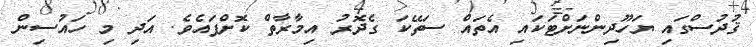
ޤުދުސްގައި ޔަހޫދިންނަށްޓަކައި އެތައް ސަތޭކަ ގެދޮރު އިމާރާތް ކޮށްފައެވެ. އަދި މި ހައުސިން